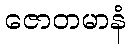
ဇောတမာနံ